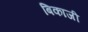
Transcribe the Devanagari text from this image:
बिकाजी